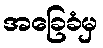
အခြေခံမှ